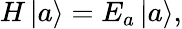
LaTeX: H\left|a\right\rangle=E_{a}\left|a\right\rangle,